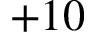
+ 1 0